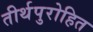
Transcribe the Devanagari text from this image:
तीर्थपुरोहित